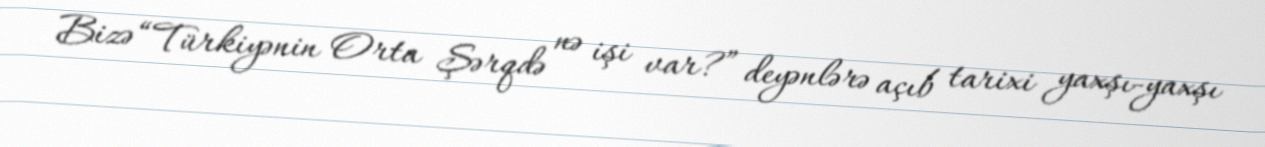
Bizə “Türkiyənin Orta Şərqdə nə işi var?” deyənlərə açıb tarixi yaxşı-yaxşı